Inquiry into the circumstances attending an outbreak of cholera in H. M.'s 18th Hussars at Secunderabad in the month of May
Year: 1871
Disease focus: Cholera
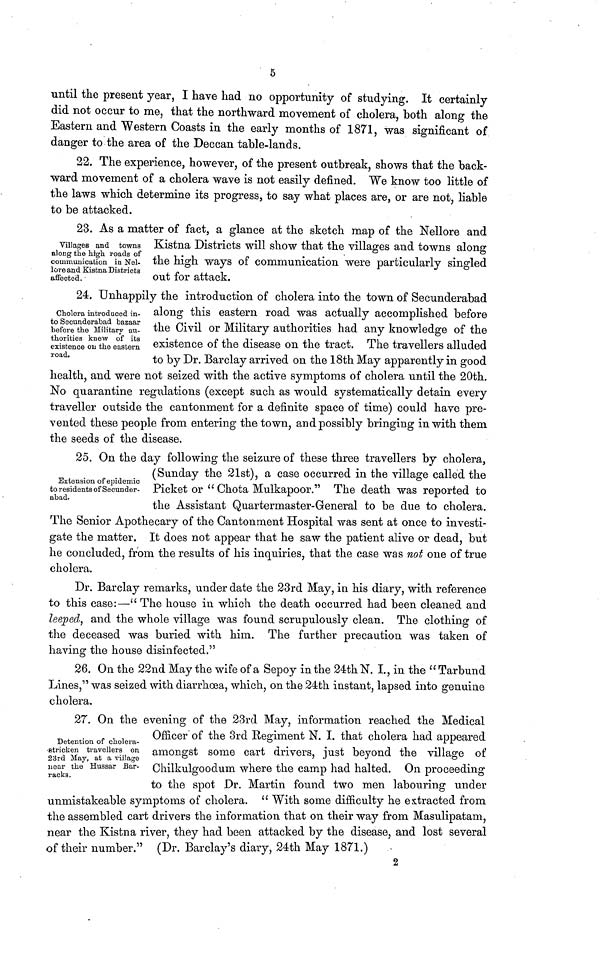
5
until the present year, I have had no opportunity of studying. It certainly
did not occur to me, that the northward movement of cholera, both along the
Eastern and Western Coasts in the early months of 1871, was significant of
danger to the area of the Deccan table-lands.
22. The experience, however, of the present outbreak, shows that the back-
ward movement of a cholera wave is not easily defined. We know too little of
the laws which determine its progress, to say what places are, or are not, liable
to be attacked.
Villages and towns
along the high roads of
communication in Nel-
lore and Kistna Districts
affected.
23. As a matter of fact, a glance at the sketch map of the Nellore and
Kistna Districts will show that the villages and towns along
the high ways of communication were particularly singled
out for attack.
Cholera introduced in-
to Secunderabad bazaar
before the Military au-
thorities knew of its
existence on the eastern
road.
24. Unhappily the introduction of cholera into the town of Secunderabad
along this eastern road was actually accomplished before
the Civil or Military authorities had any knowledge of the
existence of the disease on the tract. The travellers alluded
to by Dr. Barclay arrived on the 18th May apparently in good
health, and were not seized with the active symptoms of cholera until the 20th.
No quarantine regulations (except such as would systematically detain every
traveller outside the cantonment for a definite space of time) could have pre-
vented these people from entering the town, and possibly bringing in with them
the seeds of the disease.
Extension of epidemic
to residents of Secunder-
abad.
25. On the day following the seizure of these three travellers by cholera,
(Sunday the 21st), a case occurred in the village called the
Picket or " Chota Mulkapoor." The death was reported to
the Assistant Quartermaster-General to be due to cholera.
The Senior Apothecary of the Cantonment Hospital was sent at once to investi-
gate the matter. It does not appear that he saw the patient alive or dead, but
he concluded, from the results of his inquiries, that the case was not one of true
cholera.
Dr. Barclay remarks, under date the 23rd May, in his diary, with reference
to this case:—" The house in which the death occurred had been cleaned and
leeped, and the whole village was found scrupulously clean. The clothing of
the deceased was buried with him. The further precaution was taken of
having the house disinfected."
26. On the 22nd May the wife of a Sepoy in the 24th N. I., in the " Tarbund
Lines," was seized with diarrhoea, which, on the 24th instant, lapsed into genuine
cholera.
Detention of cholera-
etricken travellers on
23rd May, at a Tillage
near the Hussar Bar-
racks.
27. On the evening of the 23rd May, information reached the Medical
Officer of the 3rd Regiment N. I. that cholera had appeared
amongst some cart drivers, just beyond the village of
Chilkulgoodum where the camp had halted. On proceeding
to the spot Dr. Martin found two men labouring under
unmistakeable symptoms of cholera. " With some difficulty he extracted from
the assembled cart drivers the information that on their way from Masulipatam,
near the Kistna river, they had been attacked by the disease, and lost several
of their number." (Dr. Barclay's diary, 24th May 1871.)
2